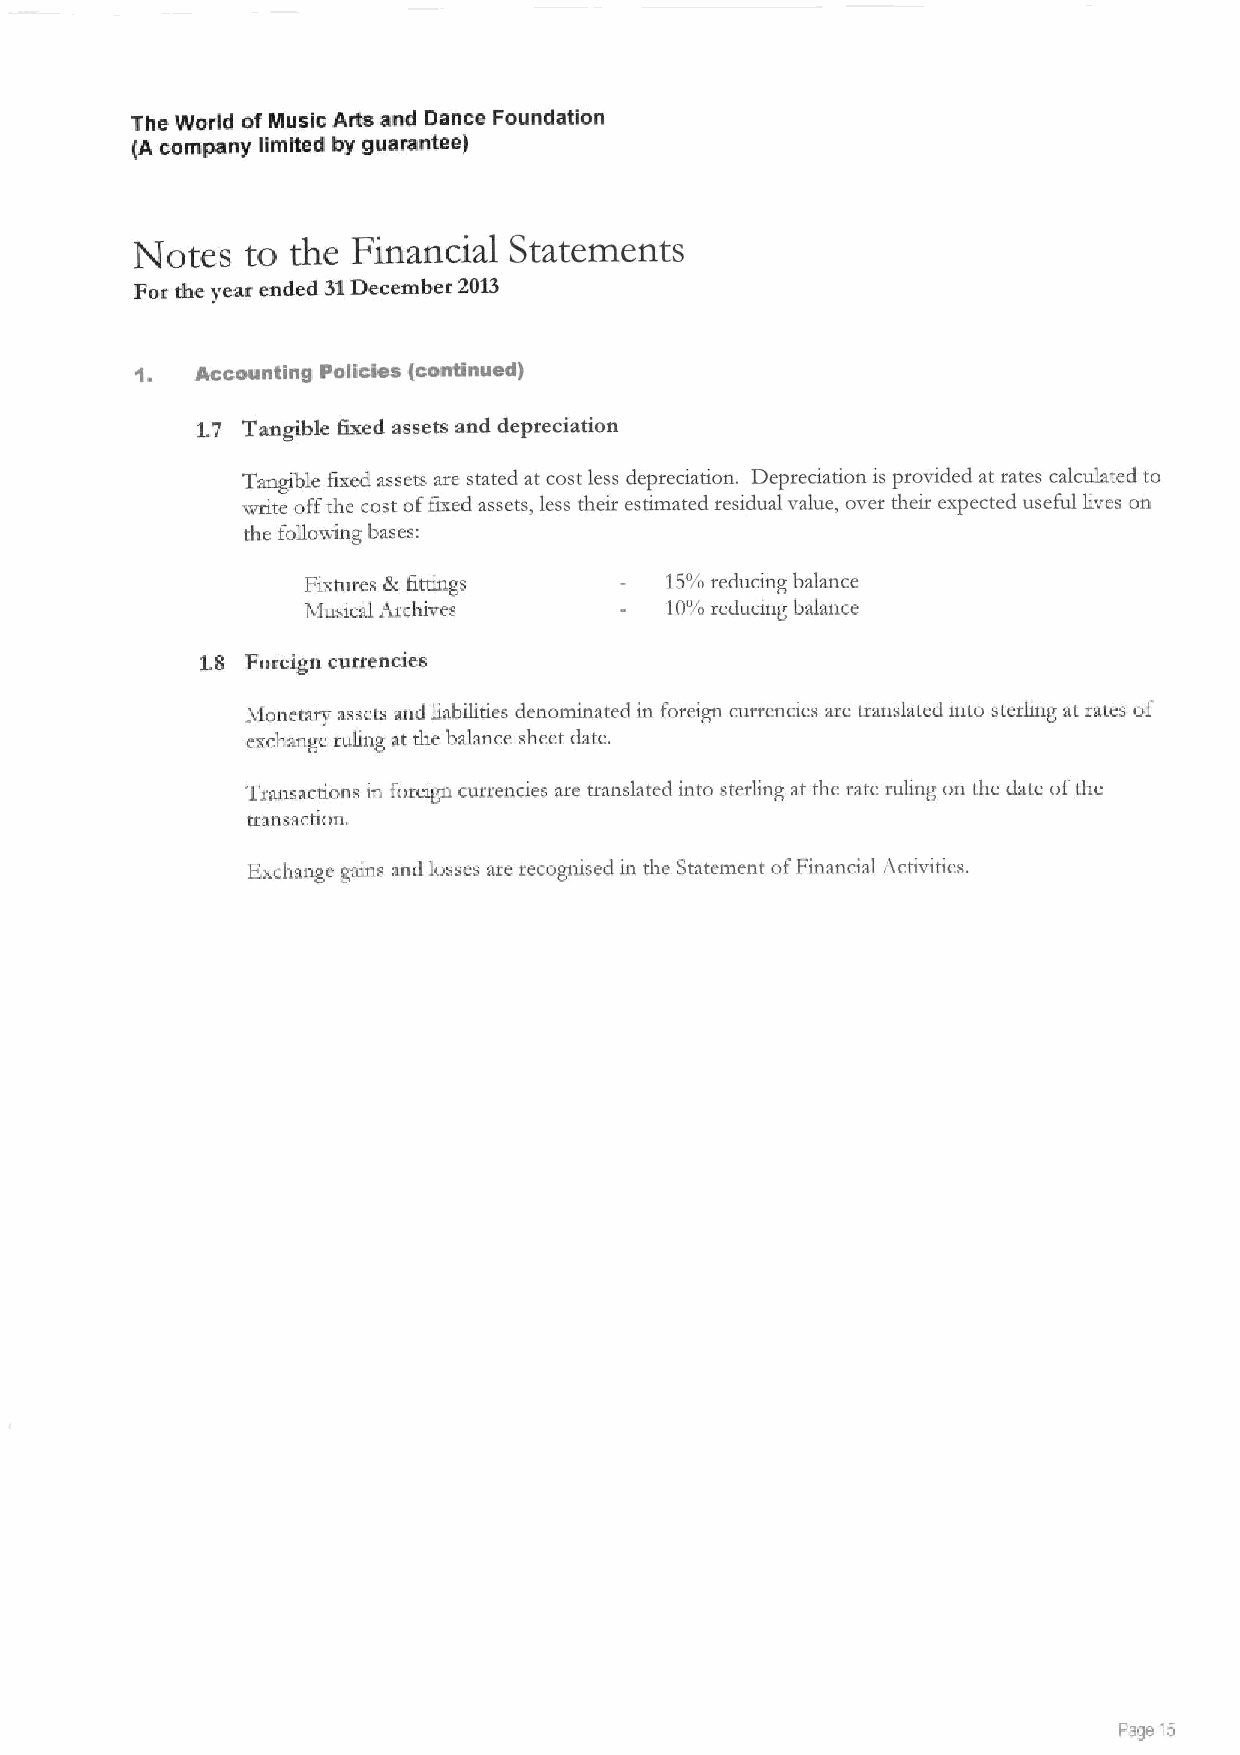
The World of Music Arts and Dance Foundation
 (A company limited by guarantee)
 Notes  to the Financial  Statements
 For the year ended 31December 2013
 Accounting Policies (continued)
 1.7 Tangible Qxed assets and depreciation
 Tangible fixed assets are stated at cost less depreciation. Depreciauon is provided at rates calculated to
 write offthe cost offixed assets, less their estimated residual value, over shetr expected useful lives on
 the following bases:
 Fixtures & fittings     15'/o reducmg balance
 Musical Archives        10".s reducing balance
 1.8 Foteign currencies
 Ivionetary assets and liabilities denominated in foreign currencies are translated into sterhng at tates of
 exchange ruling at the balance sheet date.
 Transactions m foreign currendes are translated into sterling at the rate ruling on the date ofthe
 transaciion.
 Exchange gains and losses are recognised in the Statement ofFinancial Acuviues,
 Page 15